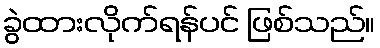
ခွဲထားလိုက်ရန်ပင် ဖြစ်သည်။